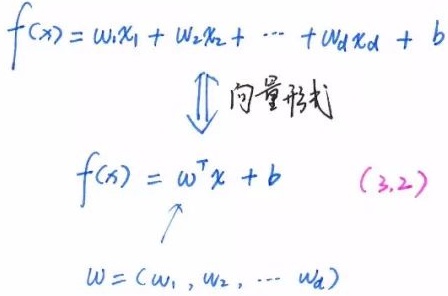
\[
\begin{align*}
f(x)&=w_1x_1 + w_2x_2 + \cdots + w_dx_d + b\\
&\Downarrow \text{ 向量形式}\\
f(x)&=w^Tx + b \quad (3.2)\\
w&=(w_1, w_2, \cdots w_d)
\end{align*}
\]